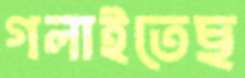
গলাইতেছ